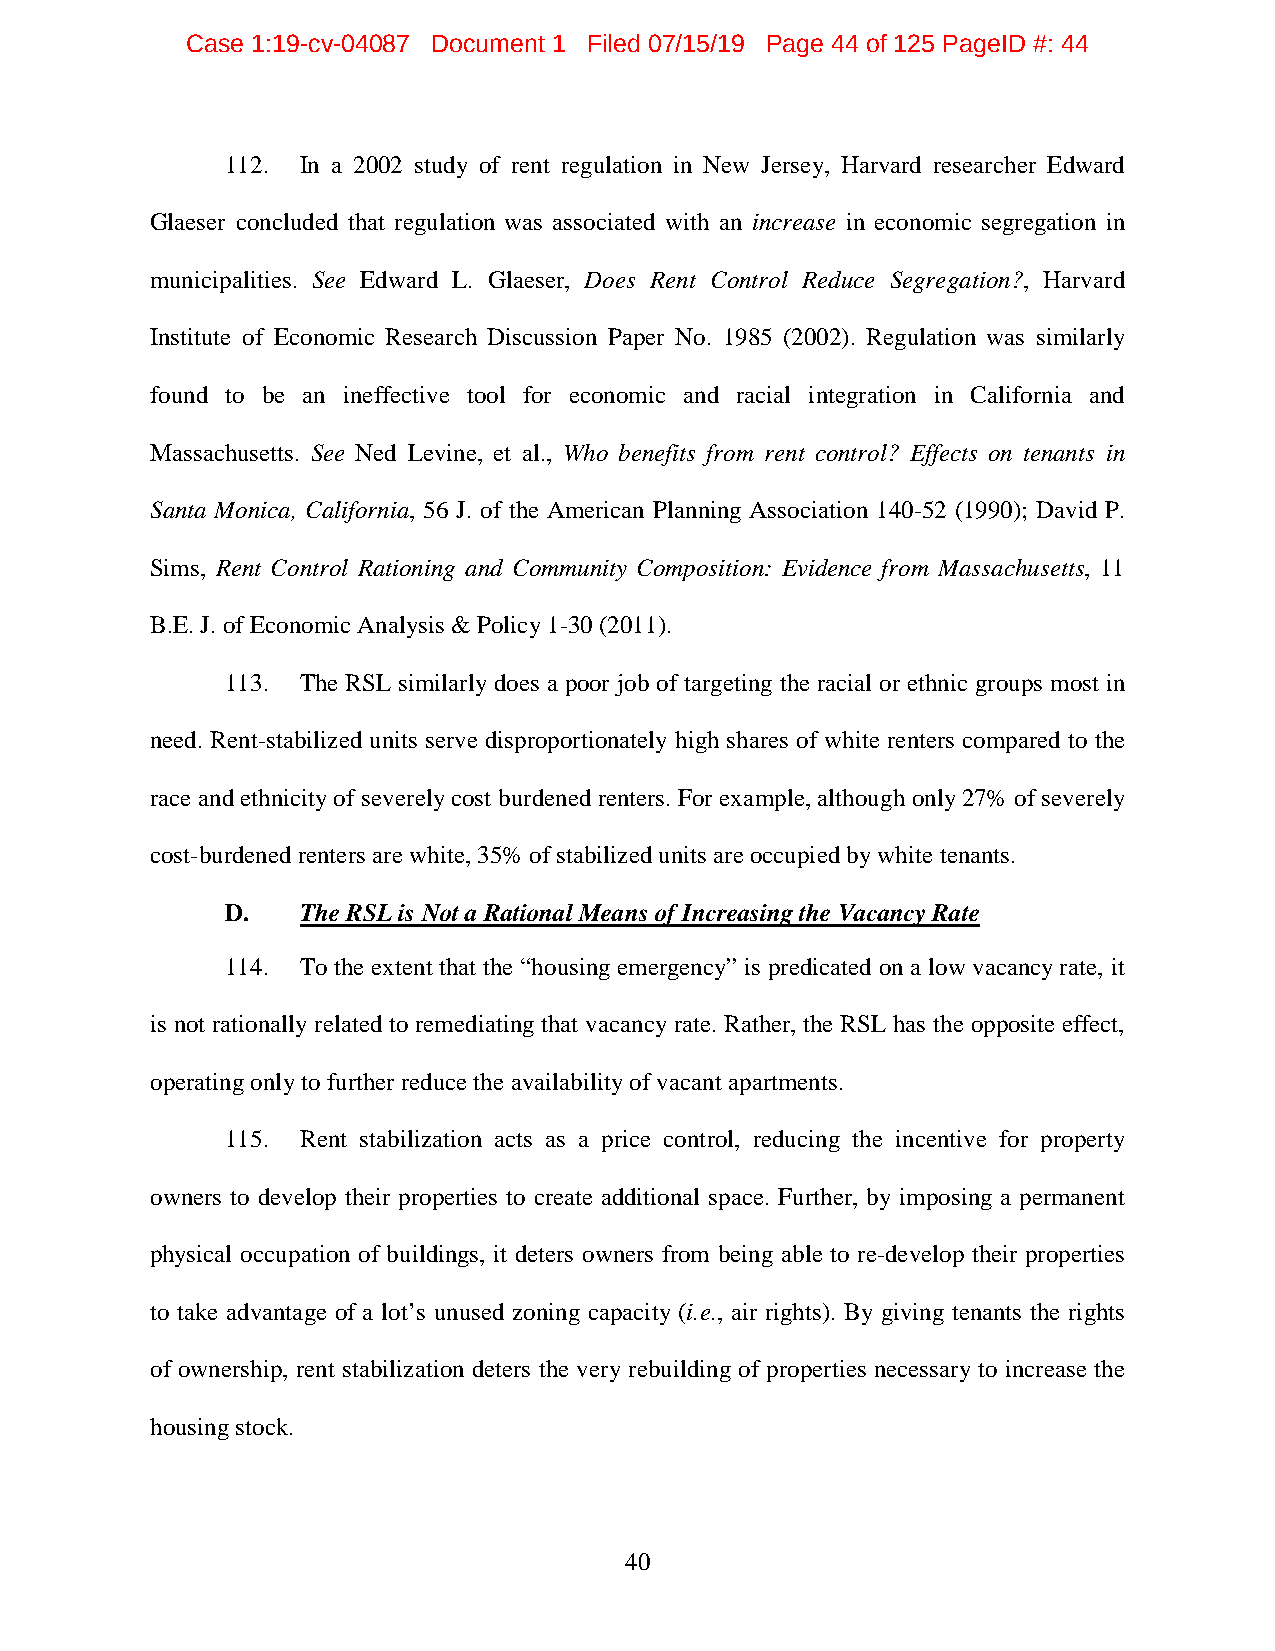
Case 1:19-cv-04087 Document 1 Filed 07/15/19 Page 44 of 125 PageID #: 44
 112. In a 2002 study of rent regulation in New Jersey, Harvard researcher Edward
 Glaeser concluded that regulation was associated with an increase in economic segregation in
 municipalities. See Edward L. Glaeser, Does Rent Control Reduce Segregation?, Harvard
 Institute of Economic Research Discussion Paper No. 1985 (2002). Regulation was similarly
 found to be an ineffective tool for economic and racial integration in California and
 Massachusetts. See Ned Levine, et al., Who benefits from rent control? Effects on tenants in
 Santa Monica, California, 56 J. of the American Planning Association 140-52 (1990); David P.
 Sims, Rent Control Rationing and Community Composition: Evidence from Massachusetts, 11
 B.E. J. of Economic Analysis & Policy 1-30 (2011).
 113. The RSL similarly does a poor job of targeting the racial or ethnic groups most in
 need. Rent-stabilized units serve disproportionately high shares of white renters compared to the
 race and ethnicity of severely cost burdened renters. For example, although only 27% of severely
 cost-burdened renters are white, 35% of stabilized units are occupied by white tenants.
 D.   The RSL is Not a Rational Means of Increasing the Vacancy Rate
 114. To the extent that the “housing emergency” is predicated on a low vacancy rate, it
 is not rationally related to remediating that vacancy rate. Rather, the RSL has the opposite effect,
 operating only to further reduce the availability of vacant apartments.
 115. Rent stabilization acts as a price control, reducing the incentive for property
 owners to develop their properties to create additional space. Further, by imposing a permanent
 physical occupation of buildings, it deters owners from being able to re-develop their properties
 to take advantage of a lot’s unused zoning capacity (i.e., air rights). By giving tenants the rights
 of ownership, rent stabilization deters the very rebuilding of properties necessary to increase the
 housing stock.
 40